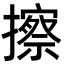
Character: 擦